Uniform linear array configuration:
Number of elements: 64
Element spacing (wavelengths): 0.75
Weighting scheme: hann
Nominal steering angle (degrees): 0
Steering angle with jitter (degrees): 1.945
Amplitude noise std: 0.05
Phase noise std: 0.05

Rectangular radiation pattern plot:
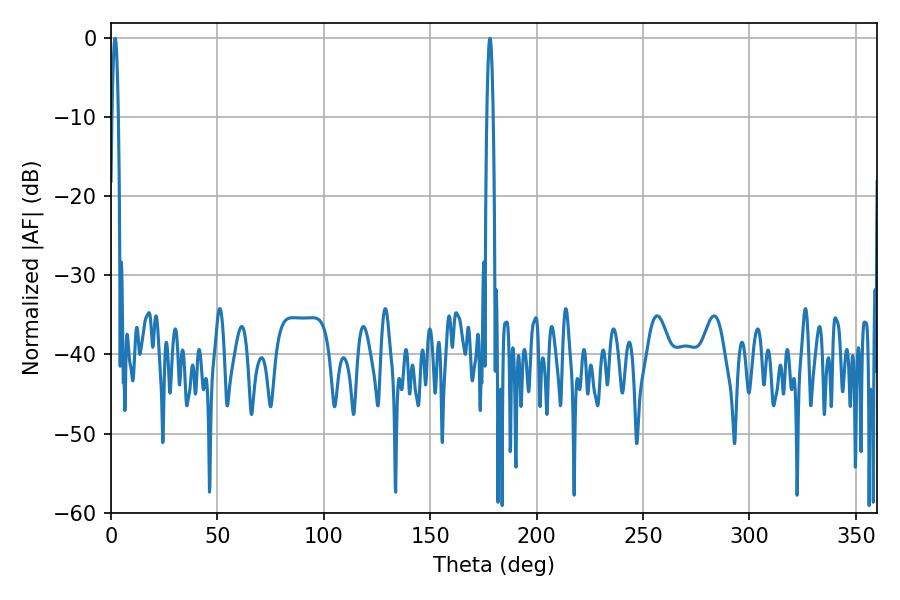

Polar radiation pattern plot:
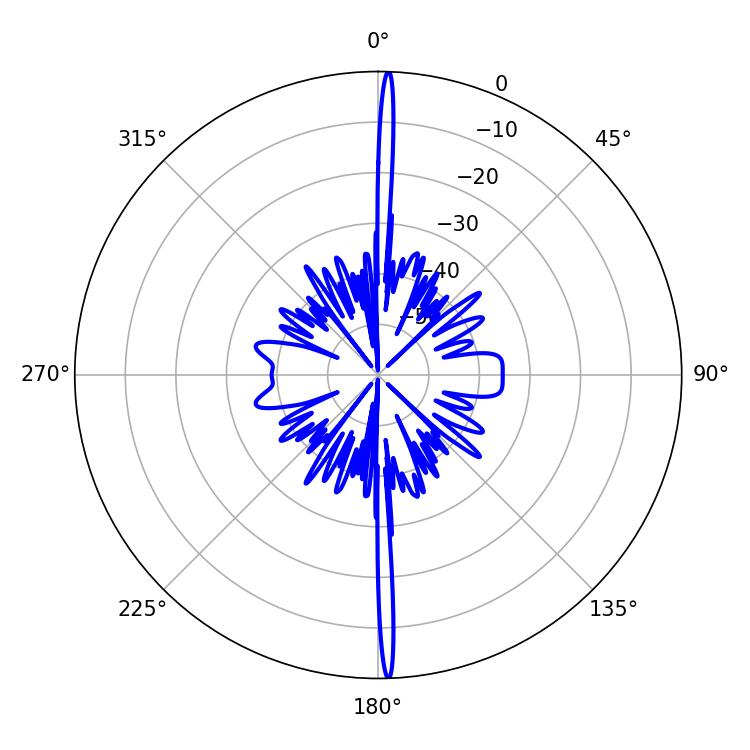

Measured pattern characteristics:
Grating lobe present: TRUE
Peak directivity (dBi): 29.65
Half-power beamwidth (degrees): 1.62
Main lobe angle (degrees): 178.02